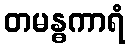
တမန္ဓကာရံ